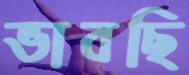
ভাবছি